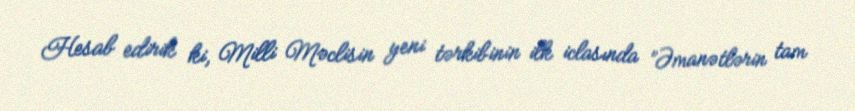
Hesab edirik ki, Milli Məclisin yeni tərkibinin ilk iclasında ”Əmanətlərin tam